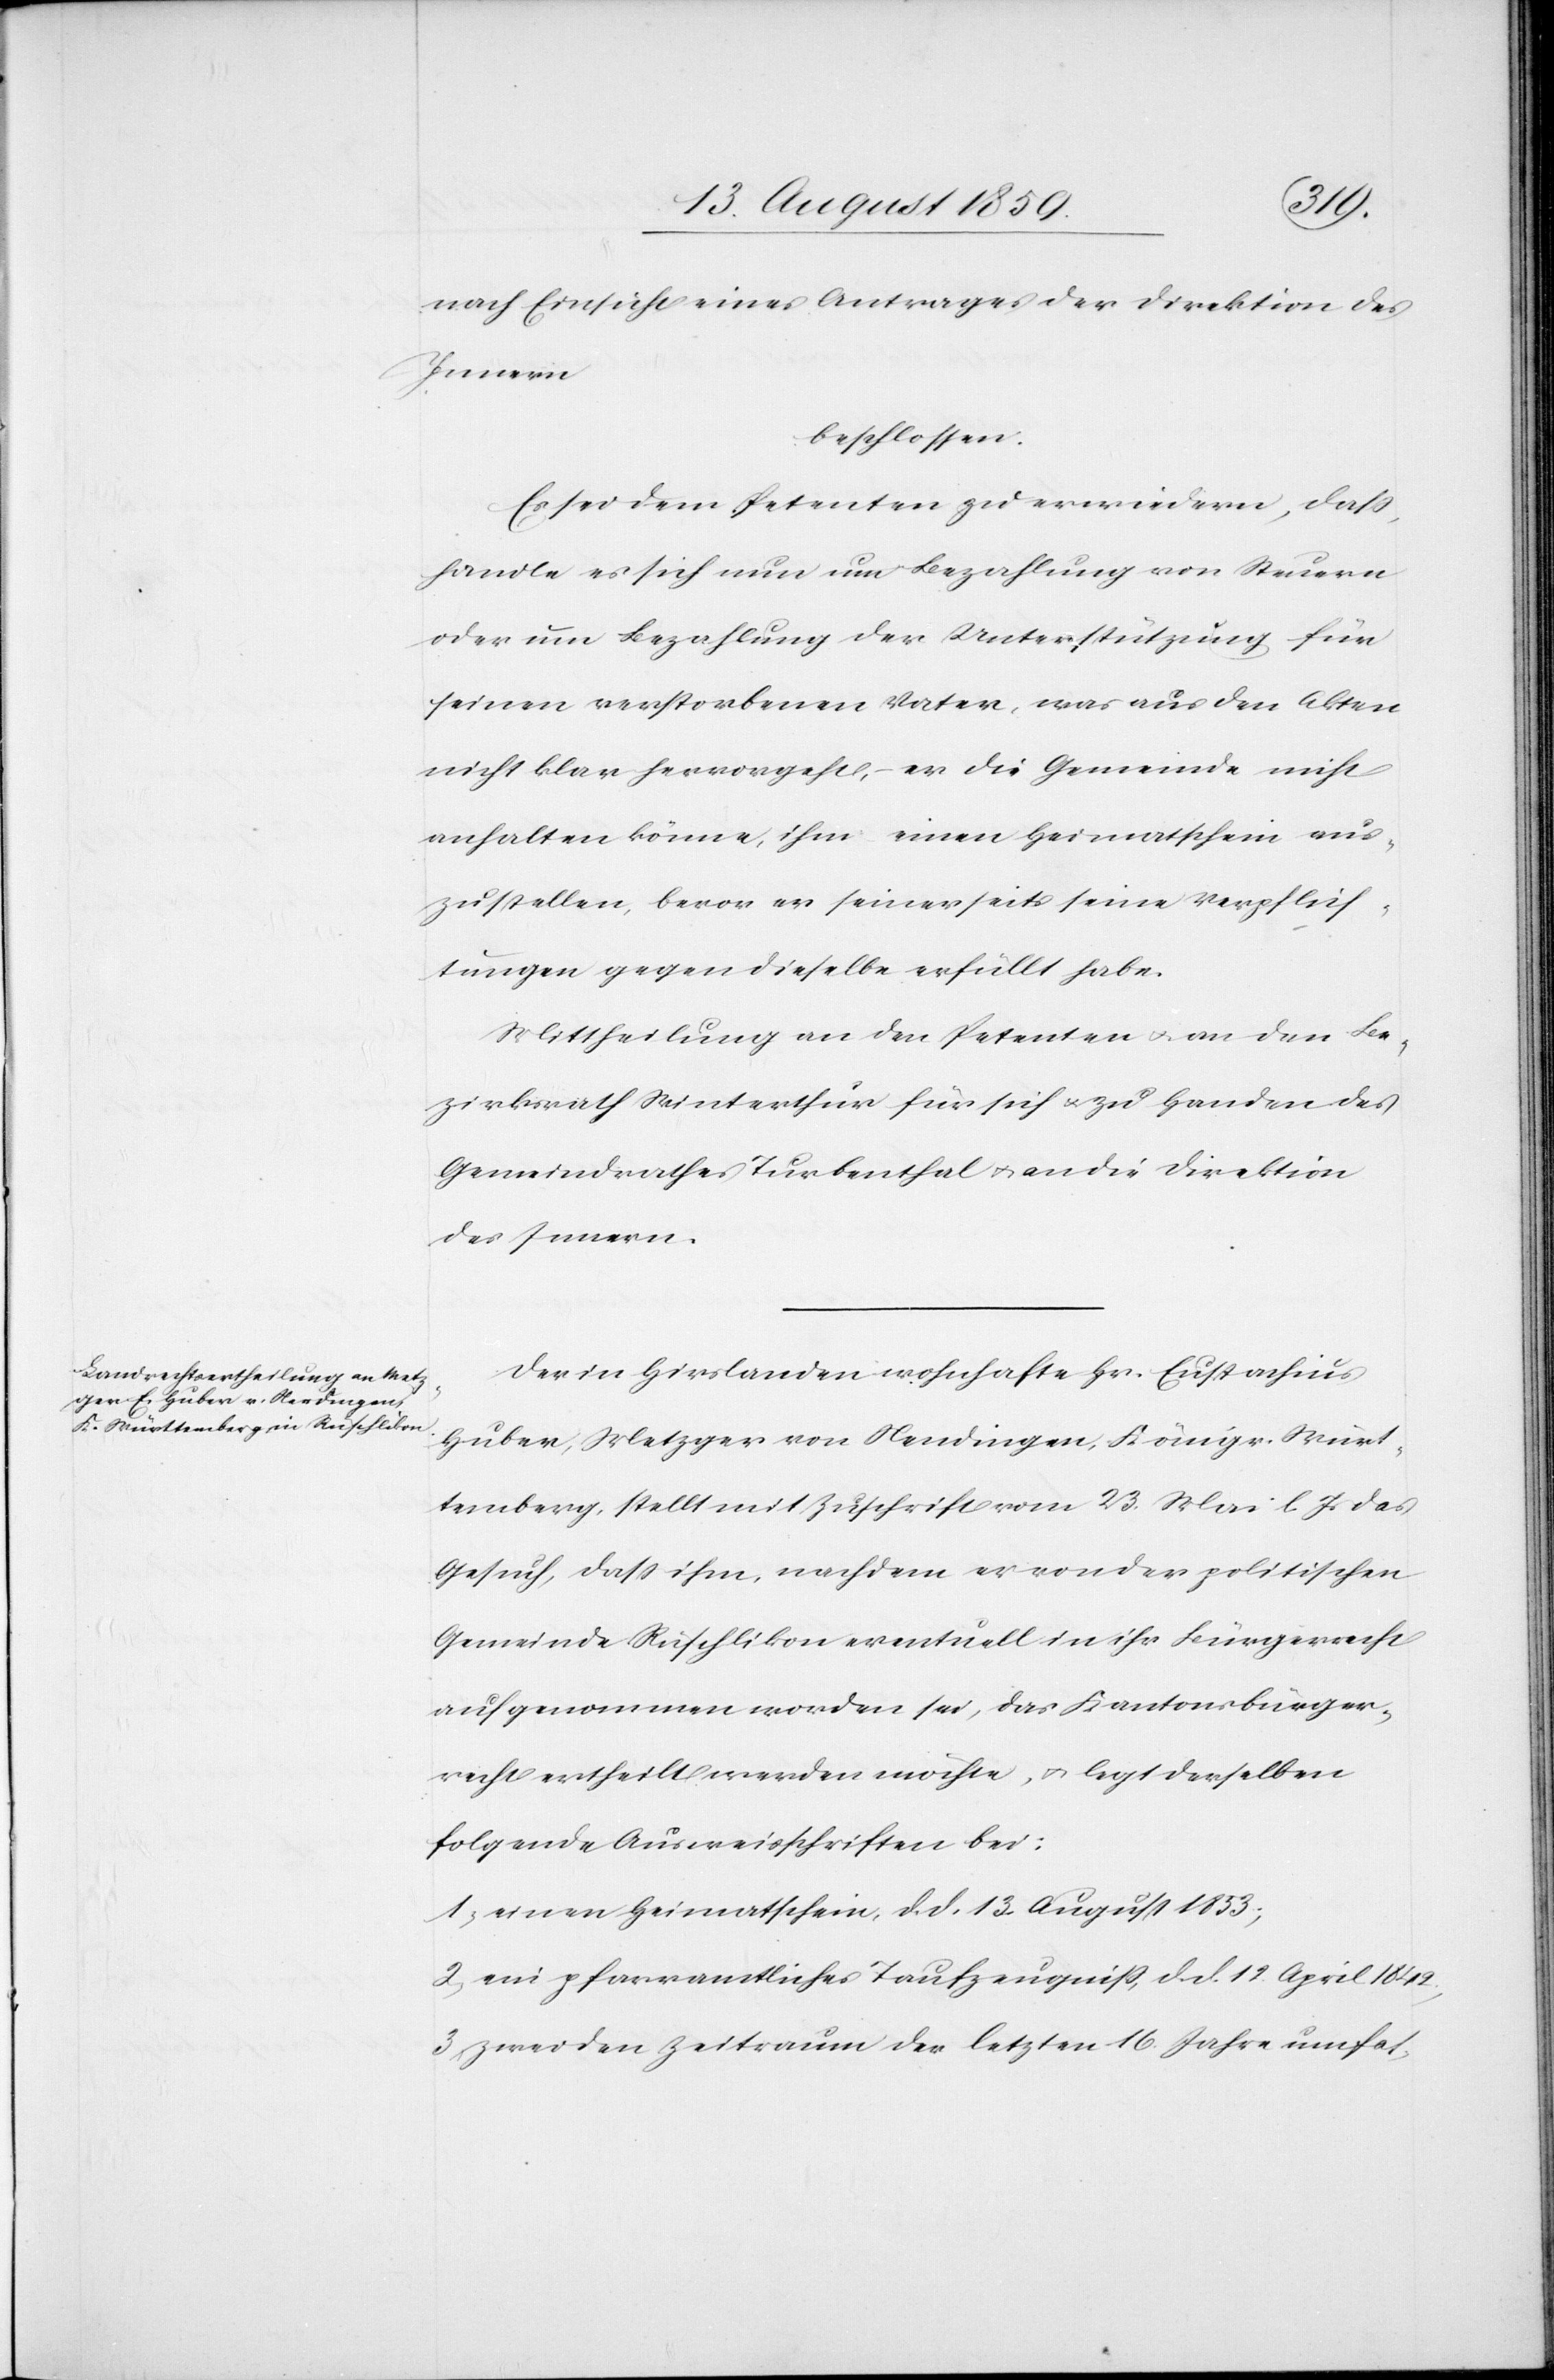
nach Einsicht eines Antrages der Direktion des
Innern
beschlossen:
Es sei dem Petenten zu erwiedern, daß,
handle es sich nun um Bezahlung von Steuern
oder um Bezahlung der Unterstützung für
seinen verstorbenen Vater, was aus den Akten
nicht klar hervorgeht, er die Gemeinde nicht
anhalten könne, ihm einen Heimatschein aus¬
zustellen, bevor er seiner seits seine Verpflich¬
tungen gegen dieselbe erfüllt habe.
Mittheilung an den Petenten u. an den Be¬
zirksrath Winterthur für sich u. zu Handen des
Gemeindrathes Turbenthal u. an die Direktion
des Innern.
Der in Hirslanden wohnhafte Hr. Eustachius
Huber, Metzger von Nendingen, Königr. Würt¬
emberg, stellt mit Zuschrift vom 23. Mai l. Js. das
Gesuch, daß ihm, nachdem er von der politischen
Gemeinde Rüschlikon eventuell in ihr Bürgerrecht
aufgenommen worden sei, das Kantonsbürger¬
recht ertheilt werden möchte, u. legt derselben
folgende Ausweisschriften bei:
1. einen Heimatschein, d. d. 13. August 1853;
2. ein pfarramtliches Taufzeugniß, d. d. 12. April 1842,
3. zwei den Zeitraum der letzten 16 Jahre umfas-